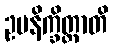
ဥပနိက္ခိတ္တာတိ